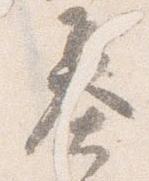
基